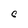
Character: C